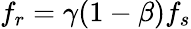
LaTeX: f_{r}=\gamma(1-\beta)f_{s}